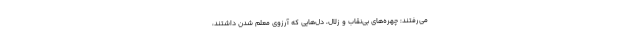
می‌رفتند: چهره‌های بی‌نقاب و زلال، دل‌هایی که آرزوی معلم شدن داشتند،